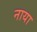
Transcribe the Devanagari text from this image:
नाया